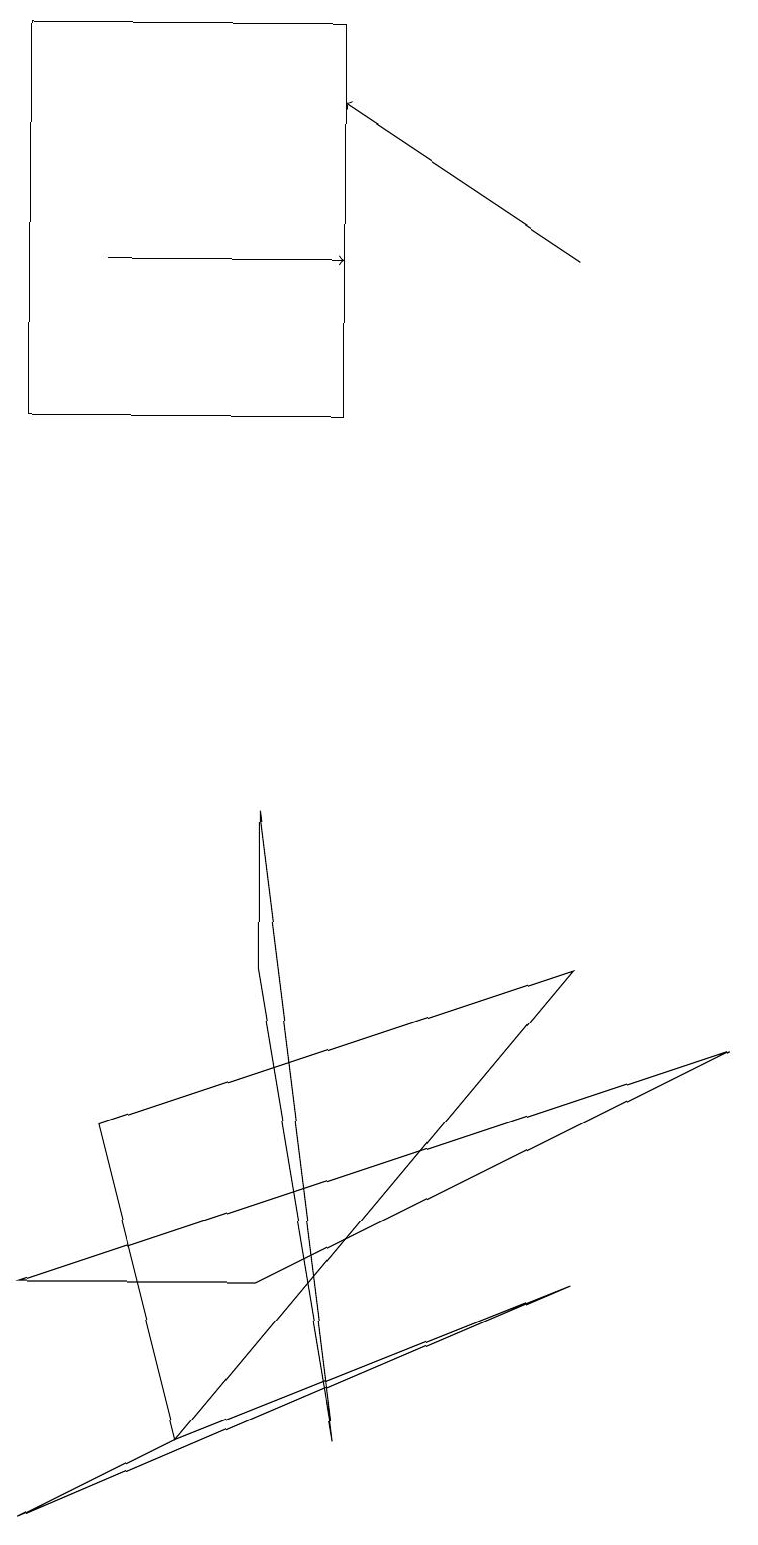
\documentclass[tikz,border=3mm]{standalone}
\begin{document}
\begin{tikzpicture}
\draw[->] (7,16) -- (4,18);
\draw (3,9) -- (4,1) -- (3,7) -- cycle;
\draw (3,3) -- (0,3) -- (9,6) -- cycle;
\draw[->] (1,16) -- (4,16);
\draw (4,14) rectangle (0,19);
\draw (7,3) -- (2,1) -- (0,0) -- cycle;
\draw (1,5) -- (2,1) -- (7,7) -- cycle;
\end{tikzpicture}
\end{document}